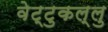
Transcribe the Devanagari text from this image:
वेट्टुकल्लु